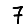
Digit: 7